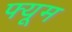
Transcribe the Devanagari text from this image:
फ्यूम